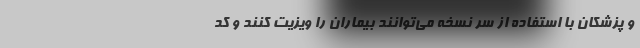
و پزشکان با استفاده از سر نسخه می‌توانند بیماران را ویزیت کنند و کد